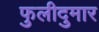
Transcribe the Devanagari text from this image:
फुलीदुमार